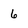
Character: 6